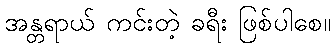
အန္တရာယ် ကင်းတဲ့ ခရီး ဖြစ်ပါစေ။